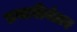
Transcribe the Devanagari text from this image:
तयारीनंतर